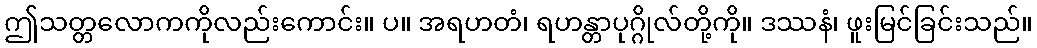
ဤသတ္တလောကကိုလည်းကောင်း။ ပ။ အရဟတံ၊ ရဟန္တာပုဂ္ဂိုလ်တို့ကို။ ဒဿနံ၊ ဖူးမြင်ခြင်းသည်။